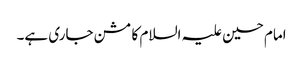
امام حسین علیہ السلام کا مشن جاری ہے۔